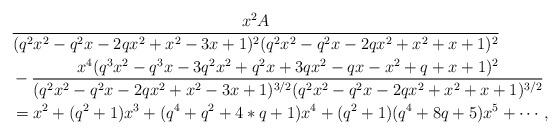
LaTeX: \begin{align*}&\frac{x^2A}{(q^2x^2-q^2x-2qx^2+x^2-3x+1)^2(q^2x^2-q^2x-2qx^2+x^2+x+1)^2}\\&-\frac{x^4(q^3x^2-q^3x-3q^2x^2+q^2x+3qx^2-qx-x^2+q+x+1)^2}{(q^2x^2-q^2x-2qx^2+x^2-3x+1)^{3/2}(q^2x^2-q^2x-2qx^2+x^2+x+1)^{3/2}}\\&=x^2+(q^2+1)x^3+(q^4+q^2+4*q+1)x^4+(q^2+1)(q^4+8q+5)x^5+\cdots,\end{align*}